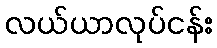
လယ်ယာလုပ်ငန်း